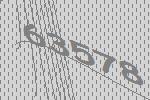
63578